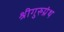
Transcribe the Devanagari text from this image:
श्रीगुरुग्रंथ